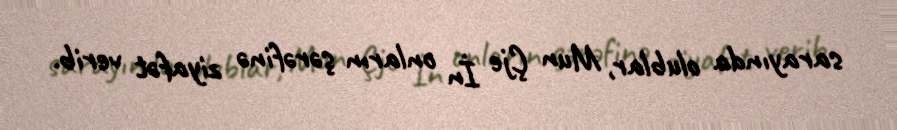
sarayında olublar, Mun Çje İn onların şərəfinə ziyafət verib.